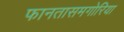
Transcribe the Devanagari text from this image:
फानतासमगोरिया